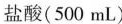
盐酸（500mL）